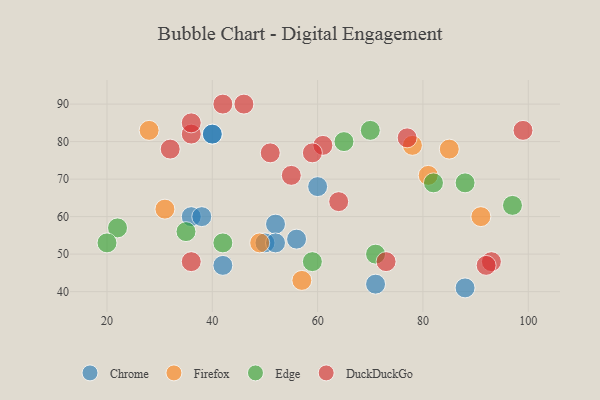
{"axis": {"x": "GDP", "y": "Life Expectancy"}, "legend": ["Chrome", "DuckDuckGo", "Edge", "Firefox"], "data": [{"x": "50", "y": 53, "type": "Chrome"}, {"x": "56", "y": 54, "type": "Chrome"}, {"x": "42", "y": 47, "type": "Chrome"}, {"x": "60", "y": 68, "type": "Chrome"}, {"x": "40", "y": 82, "type": "Chrome"}, {"x": "88", "y": 41, "type": "Chrome"}, {"x": "71", "y": 42, "type": "Chrome"}, {"x": "52", "y": 58, "type": "Chrome"}, {"x": "36", "y": 60, "type": "Chrome"}, {"x": "52", "y": 53, "type": "Chrome"}, {"x": "40", "y": 82, "type": "Chrome"}, {"x": "38", "y": 60, "type": "Chrome"}, {"x": "57", "y": 43, "type": "Firefox"}, {"x": "85", "y": 78, "type": "Firefox"}, {"x": "31", "y": 62, "type": "Firefox"}, {"x": "81", "y": 71, "type": "Firefox"}, {"x": "49", "y": 53, "type": "Firefox"}, {"x": "28", "y": 83, "type": "Firefox"}, {"x": "78", "y": 79, "type": "Firefox"}, {"x": "91", "y": 60, "type": "Firefox"}, {"x": "97", "y": 63, "type": "Edge"}, {"x": "82", "y": 69, "type": "Edge"}, {"x": "42", "y": 53, "type": "Edge"}, {"x": "59", "y": 48, "type": "Edge"}, {"x": "22", "y": 57, "type": "Edge"}, {"x": "70", "y": 83, "type": "Edge"}, {"x": "20", "y": 53, "type": "Edge"}, {"x": "65", "y": 80, "type": "Edge"}, {"x": "35", "y": 56, "type": "Edge"}, {"x": "71", "y": 50, "type": "Edge"}, {"x": "88", "y": 69, "type": "Edge"}, {"x": "73", "y": 48, "type": "DuckDuckGo"}, {"x": "93", "y": 48, "type": "DuckDuckGo"}, {"x": "99", "y": 83, "type": "DuckDuckGo"}, {"x": "42", "y": 90, "type": "DuckDuckGo"}, {"x": "32", "y": 78, "type": "DuckDuckGo"}, {"x": "92", "y": 47, "type": "DuckDuckGo"}, {"x": "64", "y": 64, "type": "DuckDuckGo"}, {"x": "55", "y": 71, "type": "DuckDuckGo"}, {"x": "36", "y": 82, "type": "DuckDuckGo"}, {"x": "36", "y": 48, "type": "DuckDuckGo"}, {"x": "46", "y": 90, "type": "DuckDuckGo"}, {"x": "36", "y": 85, "type": "DuckDuckGo"}, {"x": "77", "y": 81, "type": "DuckDuckGo"}, {"x": "61", "y": 79, "type": "DuckDuckGo"}, {"x": "59", "y": 77, "type": "DuckDuckGo"}, {"x": "51", "y": 77, "type": "DuckDuckGo"}]}